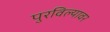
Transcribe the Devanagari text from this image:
पुरविल्यावर